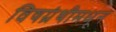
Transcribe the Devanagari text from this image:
विषग्रंथीमधून